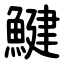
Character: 鰎